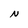
Character: N